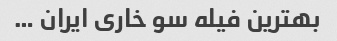
بهترین فیله سو خاری ایران …